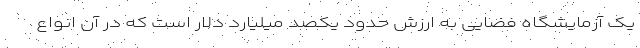
یک آزمایشگاه فضایی به ارزش حدود یکصد میلیارد دلار است که در آن انواع